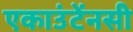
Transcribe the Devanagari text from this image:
एकाउंटेंनसी